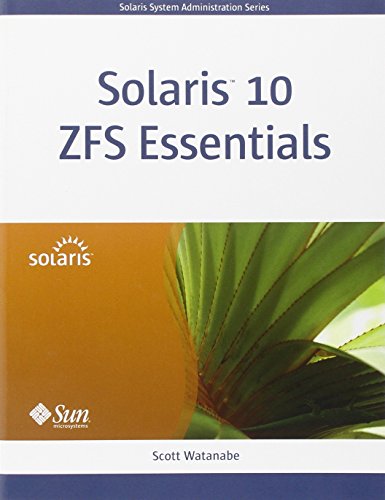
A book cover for Solaris 10 ZFS Essentials; Scott Watanabe; Computers & Technology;